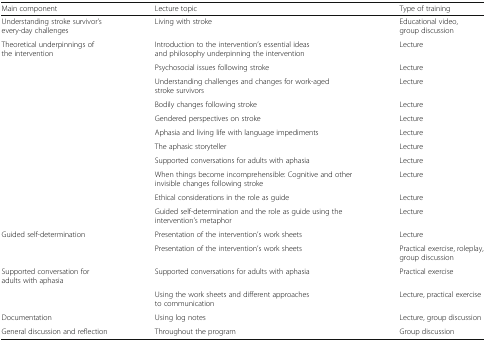
| Main component | Lecture topic | Type of training |
 | --- | --- | --- |
 | Understanding stroke survivor’s every-day challenges | Living with stroke | Educational video, group discussion |
 | Theoretical underpinnings of the intervention | Introduction to the intervention’s essential ideas and philosophy underpinning the intervention | Lecture |
 | <ROWSPAN=10>  | Psychosocial issues following stroke | Lecture |
 | Understanding challenges and changes for work-aged stroke survivors | Lecture |
 | Bodily changes following stroke | Lecture |
 | Gendered perspectives on stroke | Lecture |
 | Aphasia and living life with language impediments | Lecture |
 | The aphasic storyteller | Lecture |
 | Supported conversations for adults with aphasia | Lecture |
 | When things become incomprehensible: Cognitive and other invisible changes following stroke | Lecture |
 | Ethical considerations in the role as guide | Lecture |
 | Guided self-determination and the role as guide using the intervention’s metaphor | Lecture |
 | Guided self-determination | Presentation of the intervention’s work sheets | Lecture |
 |  | Presentation of the intervention’s work sheets | Practical exercise, roleplay, group discussion |
 | Supported conversation for adults with aphasia | Supported conversations for adults with aphasia | Practical exercise |
 |  | Using the work sheets and different approaches to communication | Lecture, practical exercise |
 | Documentation | Using log notes | Lecture, group discussion |
 | General discussion and reflection | Throughout the program | Group discussion |